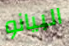
البيانو